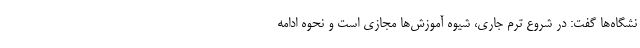
نشگاه‌ها گفت: در شروع ترم جاری، شیوه آموزش‌ها مجازی است و نحوه ادامه